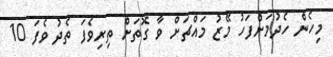
މިހެން ހެދުމަށްފަހު މޭޒު މައްޗަށް ވާ ގޮތަށް ތިރިވެފަ ތެދު ވެފަ 10